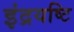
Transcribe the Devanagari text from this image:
इंद्रयष्टि